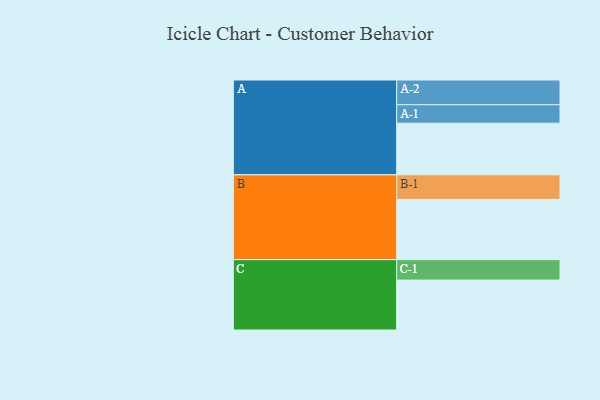
{"axis": {"x": "Segment", "y": "Value"}, "legend": ["", "A", "B", "C"], "data": [{"x": "A", "y": 466, "type": ""}, {"x": "B", "y": 543, "type": ""}, {"x": "C", "y": 450, "type": ""}, {"x": "A-1", "y": 166, "type": "A"}, {"x": "A-2", "y": 223, "type": "A"}, {"x": "B-1", "y": 221, "type": "B"}, {"x": "C-1", "y": 184, "type": "C"}]}